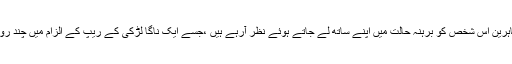
جس میں ہزاروں مظاہرین اُس شخص کو برہنہ حالت میں اپنے ساتھ لے جاتے ہوئے نظر آرہے ہیں ،جسے ایک ناگا لڑکی کے ریپ کے الزام میں چند روز قبل گرفتار کیا تھا۔